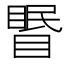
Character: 𥉦